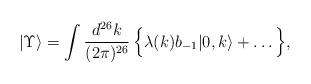
LaTeX: \begin{align*}| \Upsilon \rangle = \int \frac{d^{26}k}{(2\pi)^{26}}\,\Bigl\{ \lambda (k) b_{-1} |0,k\rangle + \ldots \, \Bigr\},\end{align*}